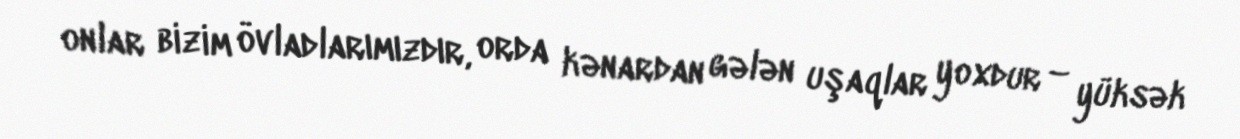
onlar bizim övladlarımızdır, orda kənardan gələn uşaqlar yoxdur – yüksək